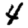
Digit: 4